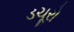
ડચૂરો